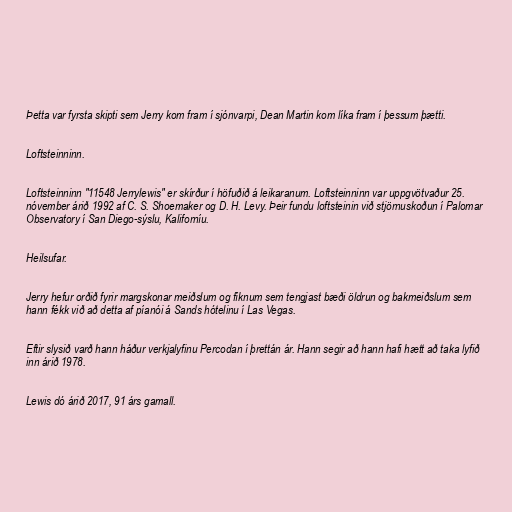
Þetta var fyrsta skipti sem Jerry kom fram í sjónvarpi, Dean Martin kom líka fram í þessum þætti.

Loftsteinninn.

Loftsteinninn "11548 Jerrylewis" er skírður í höfuðið á leikaranum. Loftsteinninn var uppgvötvaður 25.
nóvember árið 1992 af C. S. Shoemaker og D. H. Levy. Þeir fundu loftsteinin við stjörnuskoðun í Palomar
Observatory í San Diego-sýslu, Kaliforníu.

Heilsufar.

Jerry hefur orðið fyrir margskonar meiðslum og fíknum sem tengjast bæði öldrun og bakmeiðslum sem
hann fékk við að detta af píanói á Sands hótelinu í Las Vegas.

Eftir slysið varð hann háður verkjalyfinu Percodan í þrettán ár. Hann segir að hann hafi hætt að taka lyfið
inn árið 1978.

Lewis dó árið 2017, 91 árs gamall.